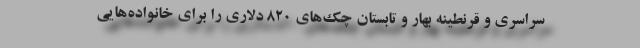
سراسری و قرنطینه بهار و تابستان چک‌های 820 دلاری را برای خانواده‌هایی